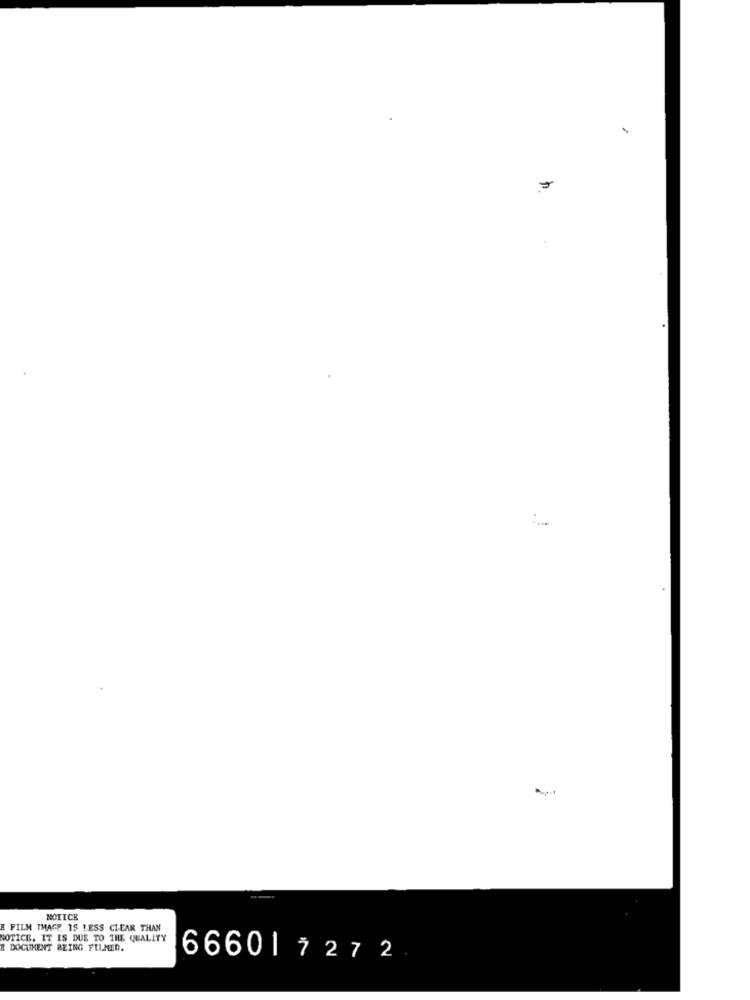
NOTICE
R FILM THAGE IS LESS CLEAR THAN
NOTICE, IT IS DUE TO THE QUALITY
E DOCUMENT BEING FILMED.
66601727 2